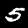
Digit: 5